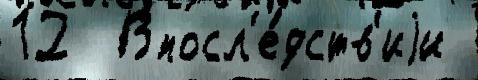
12  Впосл'е́дств'иjи